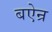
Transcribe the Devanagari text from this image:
बऐन्र